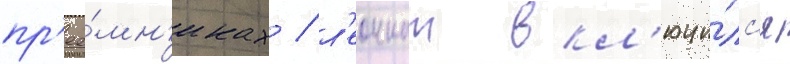
пр'ее́мн'иках / л'еоннат вкл'ючи́лс'я